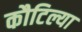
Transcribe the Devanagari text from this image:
कौटिल्या